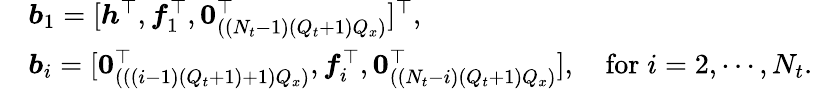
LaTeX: \begin{array}{rl}&{\boldsymbol{b}_{1}=[\boldsymbol{h}^{\top},\boldsymbol{f}_{1}^{\top},\boldsymbol{0}_{((N_{t}-1)(Q_{t}+1)Q_{x})}^{\top}]^{\top},}\\ &{\boldsymbol{b}_{i}=[\boldsymbol{0}_{(((i-1)(Q_{t}+1)+1)Q_{x})}^{\top},\boldsymbol{f}_{i}^{\top},\boldsymbol{0}_{((N_{t}-i)(Q_{t}+1)Q_{x})}^{\top}],\quad\mathrm{for}\; i=2,\cdots,N_{t}.}\end{array}